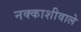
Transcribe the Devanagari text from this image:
नक्काशीवाले